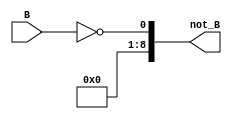
module not_g (input[7:0] B,output reg[8:0] not_B);
always @ (*)
 begin
  not_B<=!B;
end
endmodule